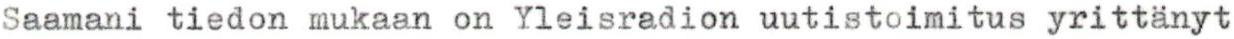
Saamani tiedon mukaan on Yleisradion uutistoimitus yrittänyt